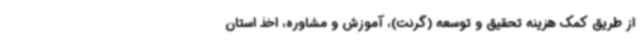
از طریق کمک هزینه تحقیق و توسعه (گرنت)، آموزش و مشاوره، اخذ استان